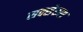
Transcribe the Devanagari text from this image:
सक्सेरूस